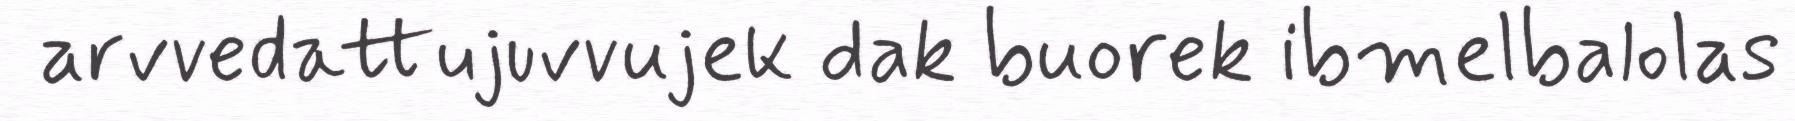
arvvedattujuvvujek dak buorek ibmelbalolas